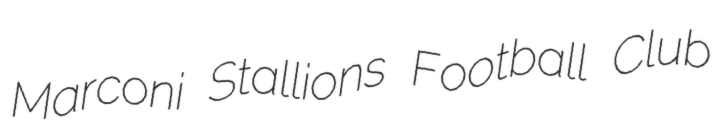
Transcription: Marconi Stallions Football Club